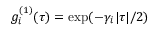
g _ { i } ^ { ( 1 ) } ( \tau ) = \exp ( - \gamma _ { i } | \tau | / 2 )